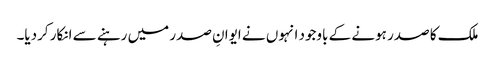
ملک کا صدر ہونے کے باوجود انہوں نے ایوانِ صدر میں رہنے سے انکار کردیا۔